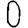
Digit: 0